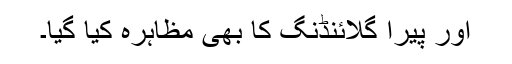
اور پیرا گلائنڈنگ کا بھی مظاہرہ کیا گیا۔